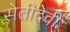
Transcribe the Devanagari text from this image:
सेतीदेवी